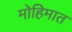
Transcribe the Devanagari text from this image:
मोहिमात